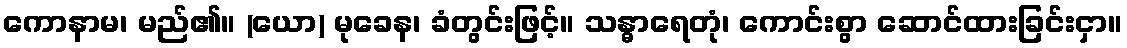
ကောနာမ၊ မည်၏။ (ယော) မုခေန၊ ခံတွင်းဖြင့်။ သန္ဓာရေတုံ၊ ကောင်းစွာ ဆောင်ထားခြင်းငှာ။